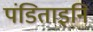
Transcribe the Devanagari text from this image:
पंडिताइनि